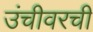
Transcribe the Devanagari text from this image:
उंचीवरची